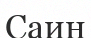
Саин